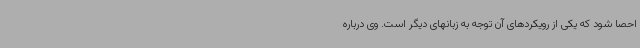
احصا شود که یکی از رویکردهای آن توجه به زبانهای دیگر است. وی درباره